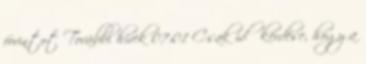
forintot További hírek 07:01 Csak idő kérdése, hogy a